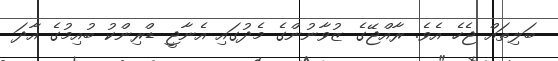
ބަލިތައް ޖެހެ އެވެ. ރާއްޖޭގެ ޒުވާނުންގެ މެދުގައި އެނާޖީ ޑްރިންކު ބުއިމުގެ އާދަ